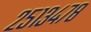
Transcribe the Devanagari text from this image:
२५१३४७८